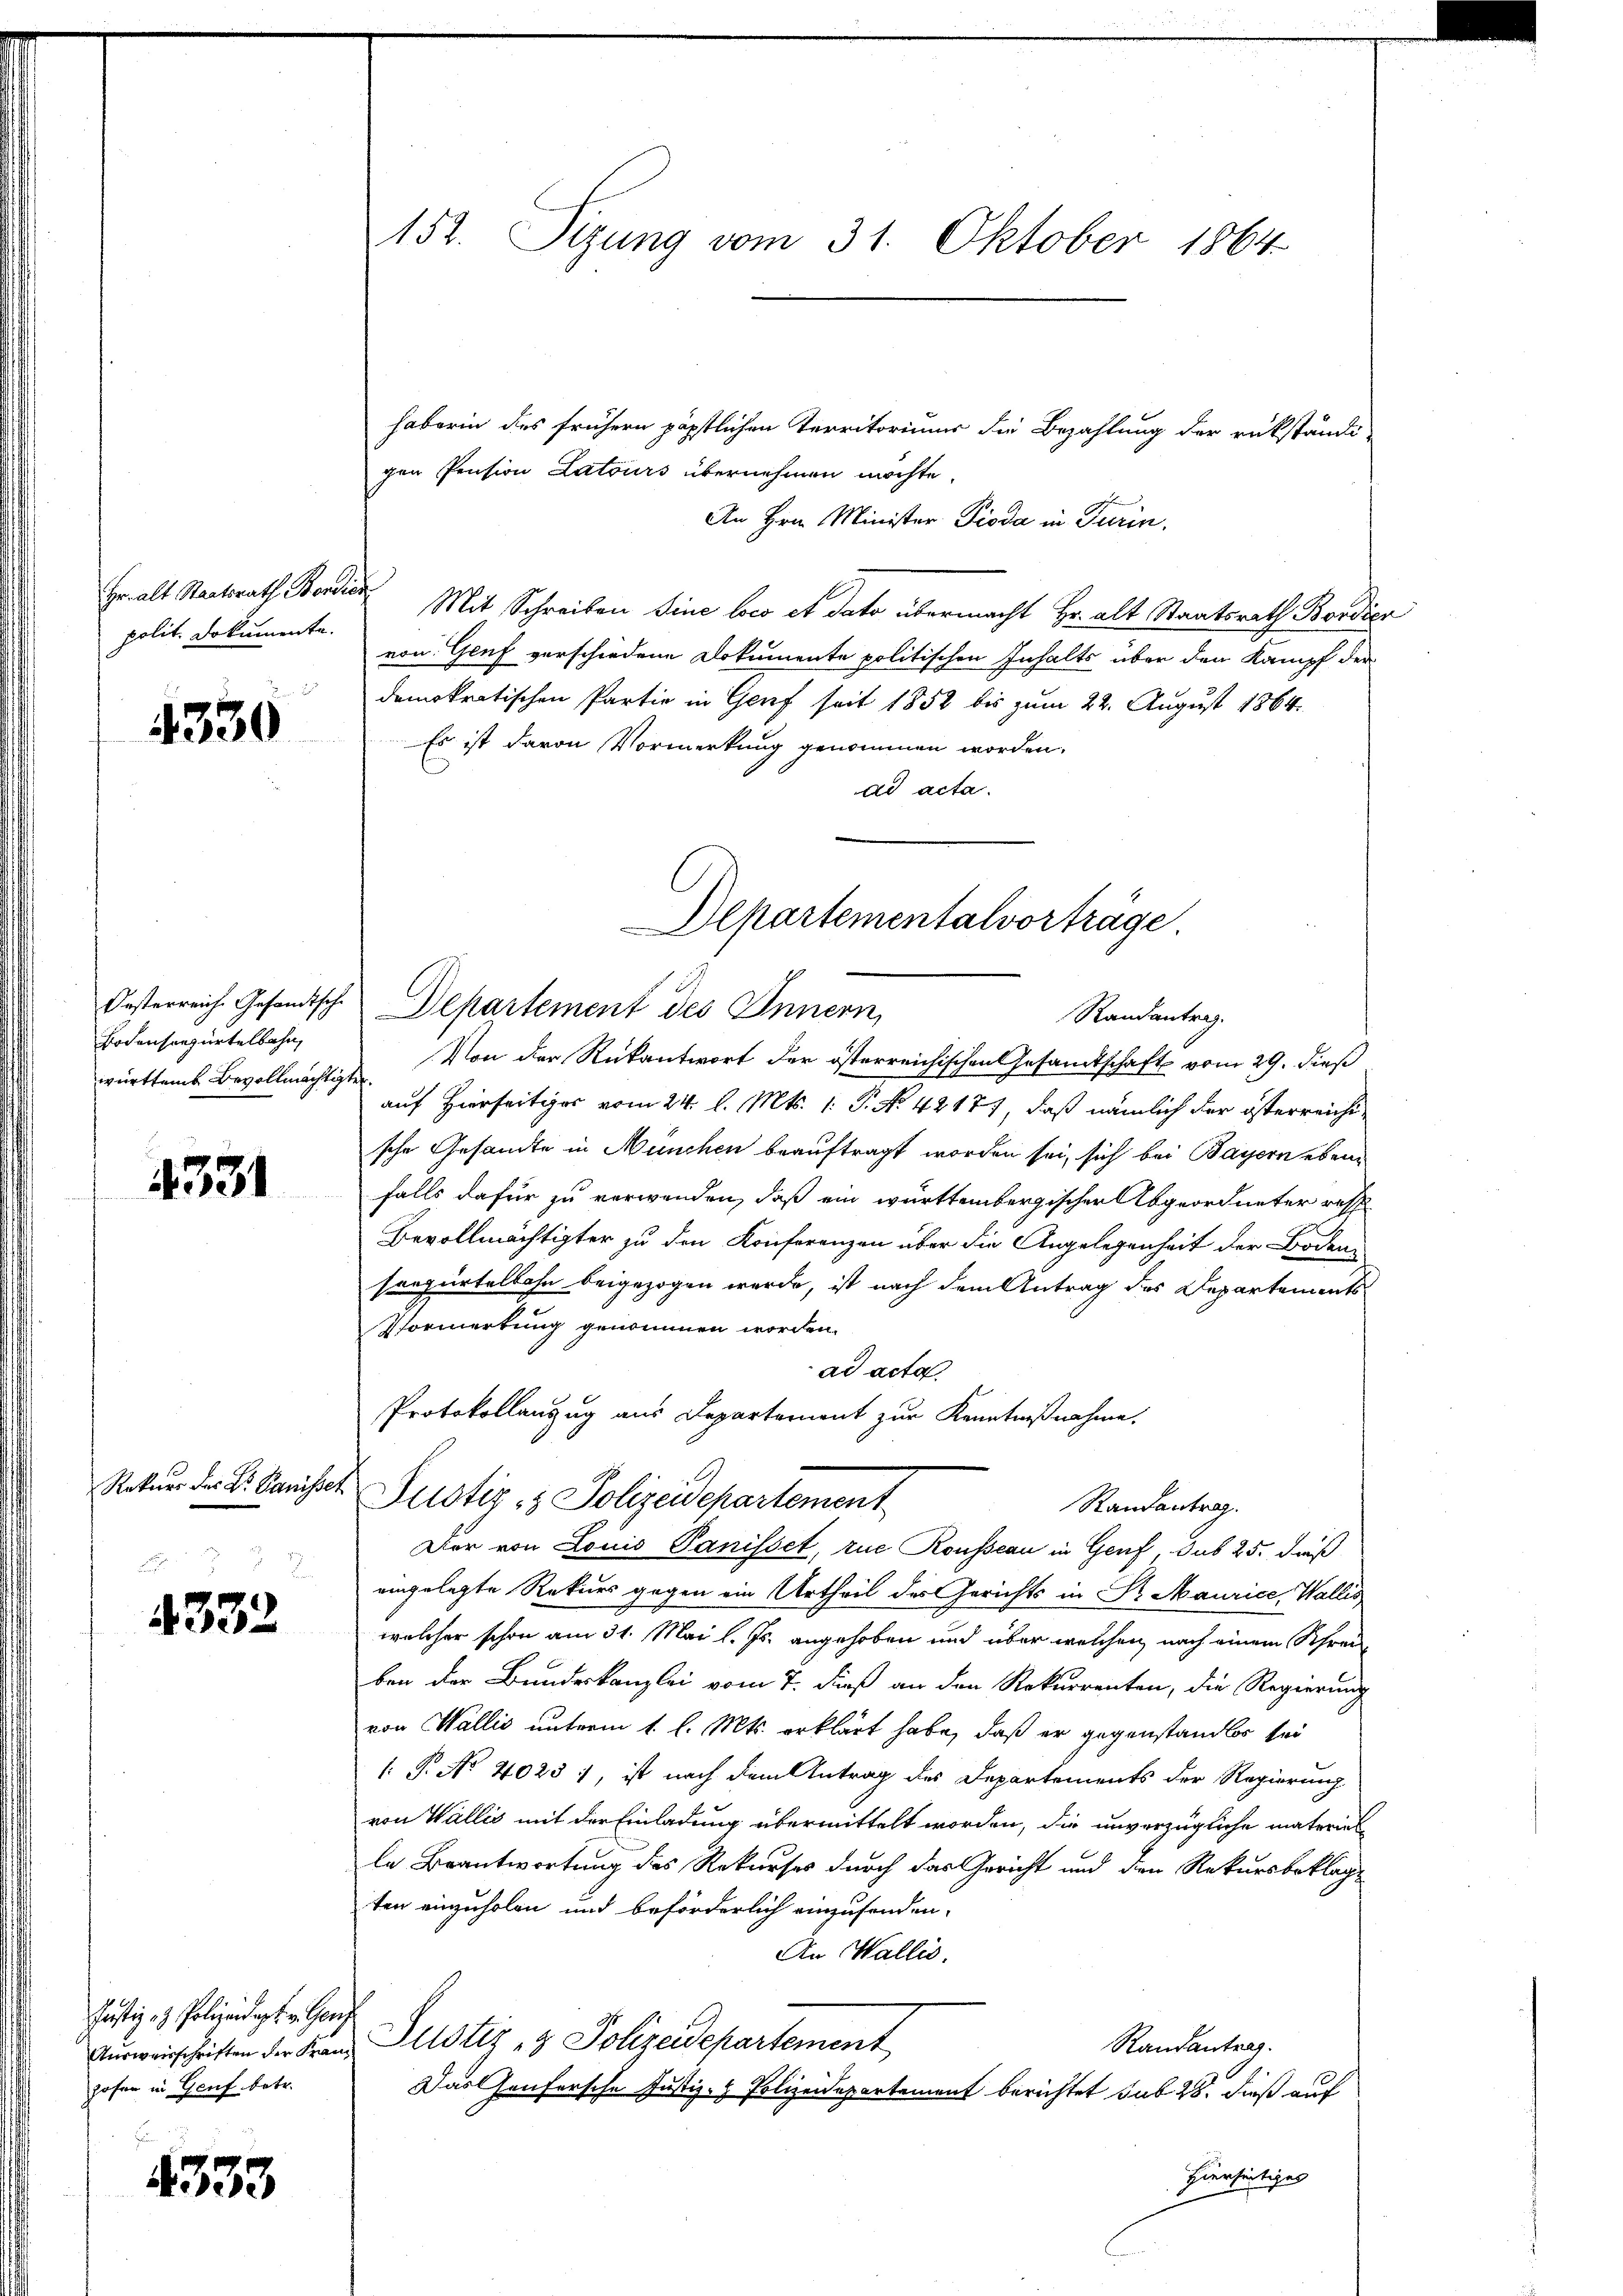
polit. Dokumente.

4330

Bodensanzertelbahn,
württemb. Bevollmächtigter

4331

Rekurs des Dr. Panisset
.

2
4332

Justiz- & Polizeidigt. v. Genz
Ausweisschriften der Kranz
hofen in Genf betr.

4333

haberin des frühern päpstlichen Territorium die Bezahlung der rükständi-
gen Pension Latours übernehmen möchte.
An Hrn. Minister Pioda in Turin.
Hr. alt Staatsrath Borden Mit Schreiben Sine loco et dato übermacht Hr. alt Staatsrath Bordivon Genf verschiedene Dokumente politischen Inhalts über den Kampf der
demokratischen Partie in Genf seit 1852 bis zum 22. August 1864.
Es ist davon Vormerkung genommen worden.
ad acta.
Oesterreich Gesandtsche Departement des Innern,
auf Hierseitiges vom 24. l. Mts. 1. P. No. 42177, daß nämlich der österreichische Gesandte in München beauftragt worden sei, sich bei Bayern ebenfalls dafür zu verwenden, daß ein württembergischer Abgeordneter ress
Bevollmächtigter zu den Konferenzen über die Angelegenheit der Boden
sonzertelbahn beigezogen werde, ist nach dem Antrag des Departements¬
Vormerkung genommen worden.
ad acta
Protokollanzug aus Departement zur Kenntnißnahme.
Justiz- & Polizeidepartement
Randantrag.
Der von Louis Panisset, zue Rousseau in Genf, das 25. daß
eingelegte Rekurs gegen ein Urtheil des Gerichts in Sr. Maurice, Wallis
welcher schon am 31. Mai l. Js. angehoben und über welchen nach einem Schreiben der Bundeskanzlei vom 7. dieß an den Rekurrenten, die Regierung
von Wallis unterm 1. l. Mts. erklärt habe, daß er gegenstandlos bei
(. P. No 4023), ist nach dem Antrag des Departements der Regierung
von Wallis mit der Einladung übermittelt worden, die unverzügliche materiel
le Beantwortung des Rekurses durch das Gericht und der Rekursbeklage
ten einzuholen und beförderlich einzufanden.
An Wallis.
Justiz- & Polizeidepartement
Randantrag.
Das Haufersche Justiz- & Polizeidepartement berichtet sub 28. dieß auf
Hierseitiges

152. Sizung vom 31. Oktober 1864

Departementalvorträge
Randantrag.
Von der Rükantwort der österreichischen Gesamtschaft vom 29. dieß